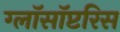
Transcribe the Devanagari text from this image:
ग्लॉसॉप्टरिस